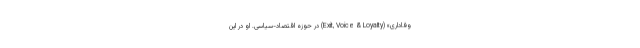
وفاداری» (Exit, Voice & Loyalty) در حوزه‌ اقتصاد-سیاسی. او در این